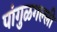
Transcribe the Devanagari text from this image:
पांगुळगल्ली